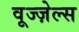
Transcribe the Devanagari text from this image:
वूज्ज़ेल्स